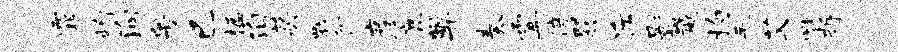
霏峋殉粤已楹泊莫瓢分彦鹿弊奏霎倍巽斥影崴杓毛艾唯拆